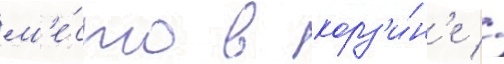
м'е́сто в корз'и́н'е //